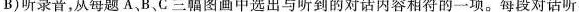
B)听录音，从每题A，B、C三幅图画中选出与听到的对话内容相符的一项。每段对话听